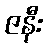
ဇနီး